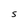
Character: S